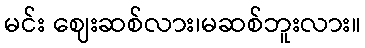
မင်း ဈေးဆစ်လား၊မဆစ်ဘူးလား။